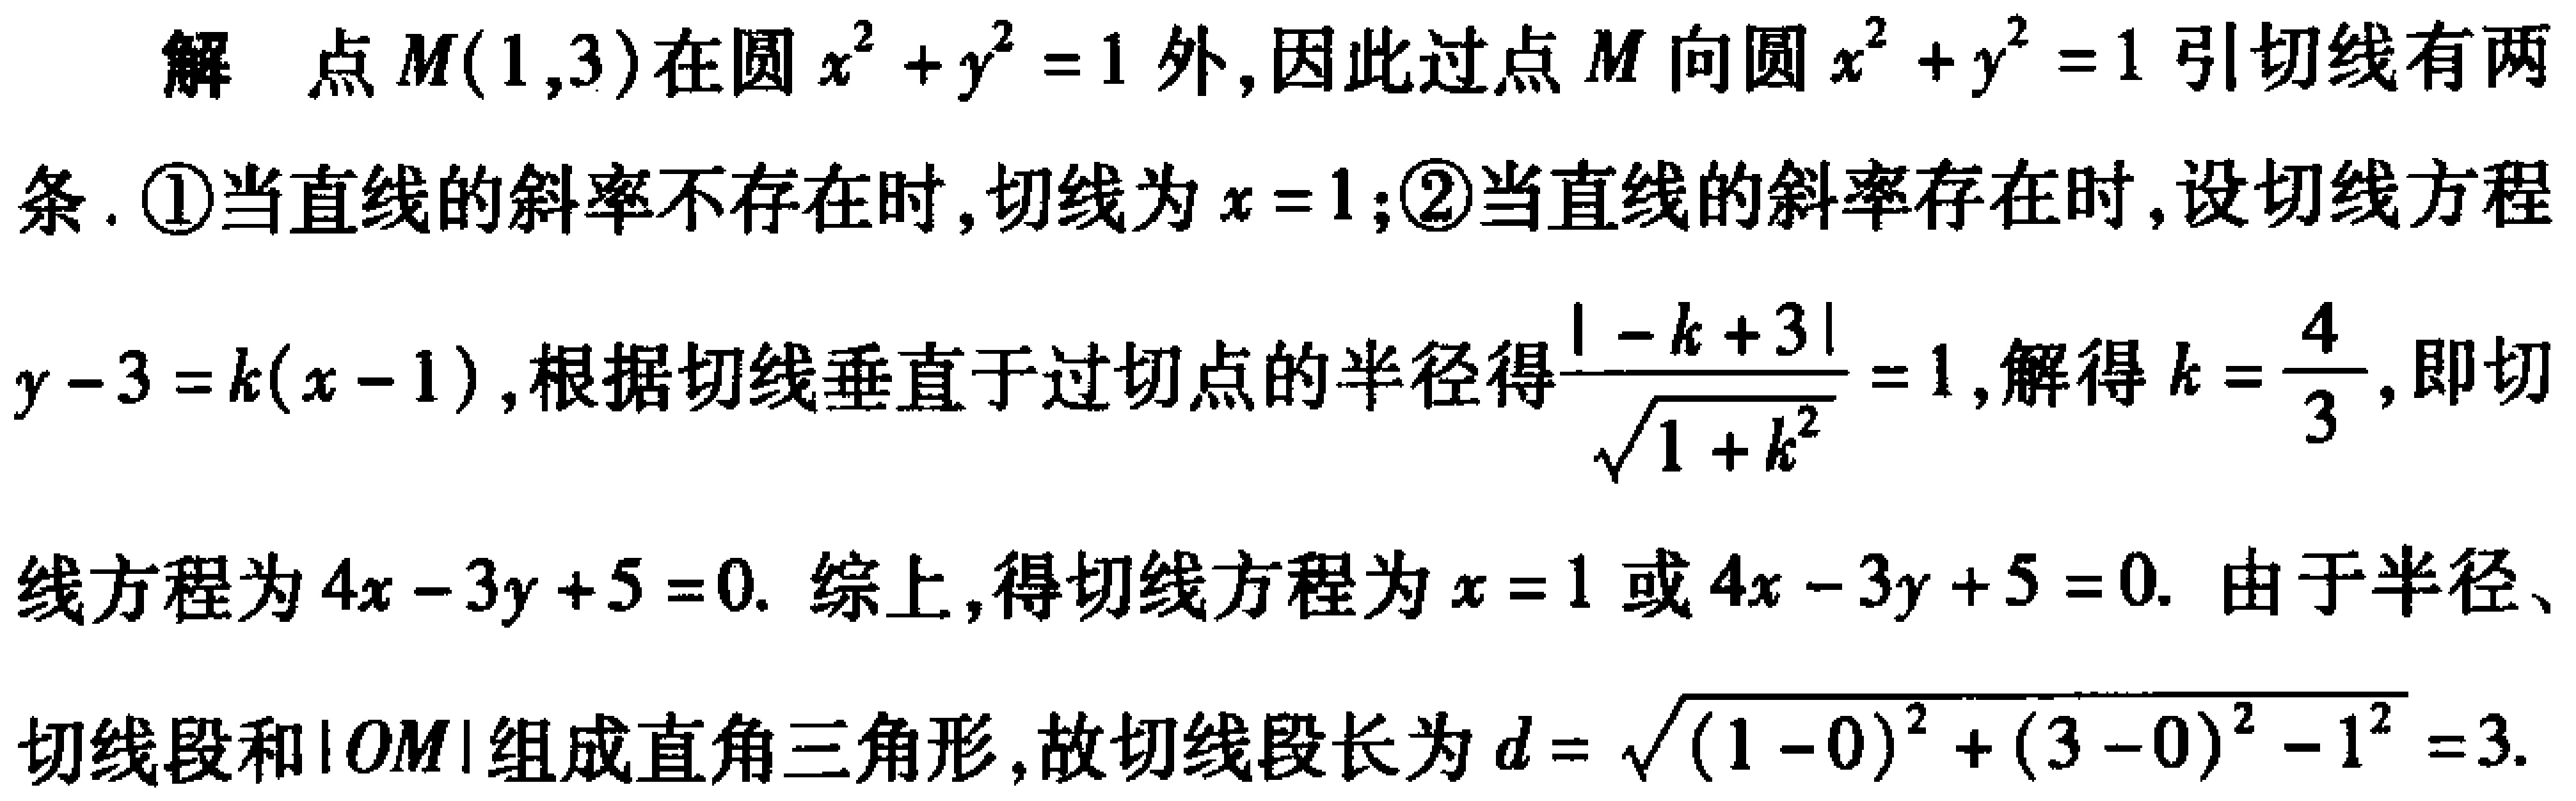
解 点 \(M(1,3)\)在圆 \(x^{2}+y^{2}=1\)外,因此过点 \(M\)向圆 \(x^{2}+y^{2}=1\)引切线有两条. \textcircled{1}当直线的斜率不存在时,切线为 \(x = 1\);\textcircled{2}当直线的斜率存在时,设切线方程 \(y - 3=k(x - 1)\),根据切线垂直于过切点的半径得\(\frac{\vert -k + 3\vert}{\sqrt{1 + k^{2}}}=1\),解得 \(k=\frac{4}{3}\),即切线方程为 \(4x - 3y+5 = 0\). 综上,得切线方程为 \(x = 1\)或 \(4x - 3y+5 = 0\). 由于半径、切线段和\(\vert OM\vert\)组成直角三角形,故切线段长为 \(d=\sqrt{(1 - 0)^{2}+(3 - 0)^{2}-1^{2}}=3\).